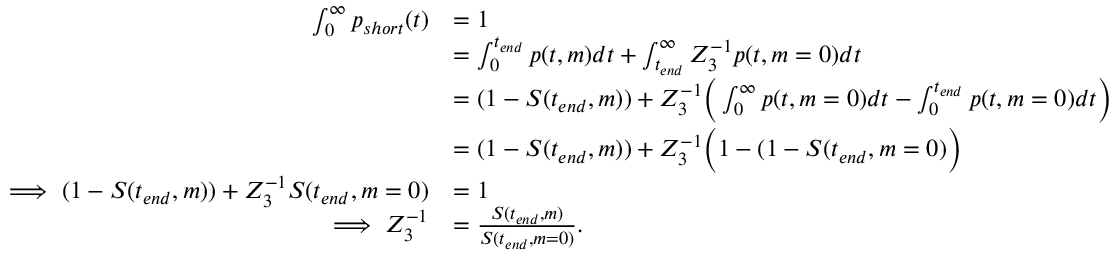
\begin{array} { r l } { \int _ { 0 } ^ { \infty } p _ { s h o r t } ( t ) } & { = 1 } \\ & { = \int _ { 0 } ^ { t _ { e n d } } p ( t , m ) d t + \int _ { t _ { e n d } } ^ { \infty } Z _ { 3 } ^ { - 1 } p ( t , m = 0 ) d t } \\ & { = ( 1 - S ( t _ { e n d } , m ) ) + Z _ { 3 } ^ { - 1 } \bigg ( \int _ { 0 } ^ { \infty } p ( t , m = 0 ) d t - \int _ { 0 } ^ { t _ { e n d } } p ( t , m = 0 ) d t \bigg ) } \\ & { = ( 1 - S ( t _ { e n d } , m ) ) + Z _ { 3 } ^ { - 1 } \bigg ( 1 - ( 1 - S ( t _ { e n d } , m = 0 ) \bigg ) } \\ { \implies ( 1 - S ( t _ { e n d } , m ) ) + Z _ { 3 } ^ { - 1 } S ( t _ { e n d } , m = 0 ) } & { = 1 } \\ { \implies Z _ { 3 } ^ { - 1 } } & { = \frac { S ( t _ { e n d } , m ) } { S ( t _ { e n d } , m = 0 ) } . } \end{array}